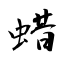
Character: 蜡